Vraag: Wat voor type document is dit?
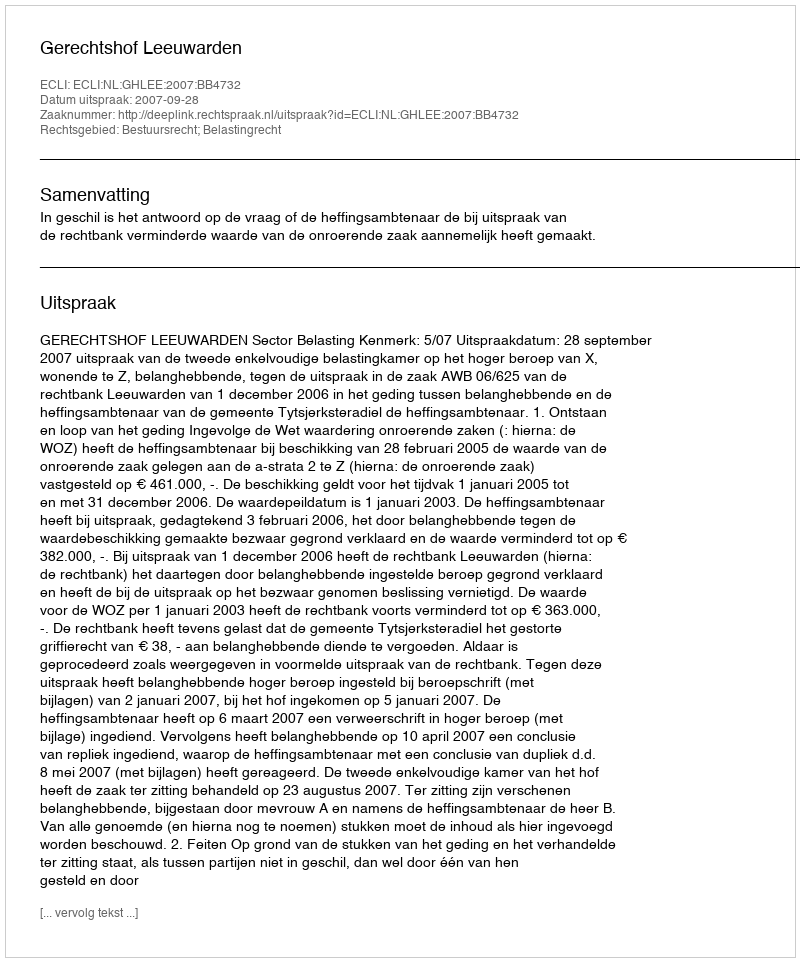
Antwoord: Uitspraak